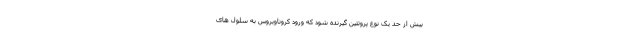
بیش از حد یک نوع پروتئین گیرنده شود که ورود کروناویروس به سلول های